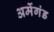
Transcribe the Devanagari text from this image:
अर्मेगंड